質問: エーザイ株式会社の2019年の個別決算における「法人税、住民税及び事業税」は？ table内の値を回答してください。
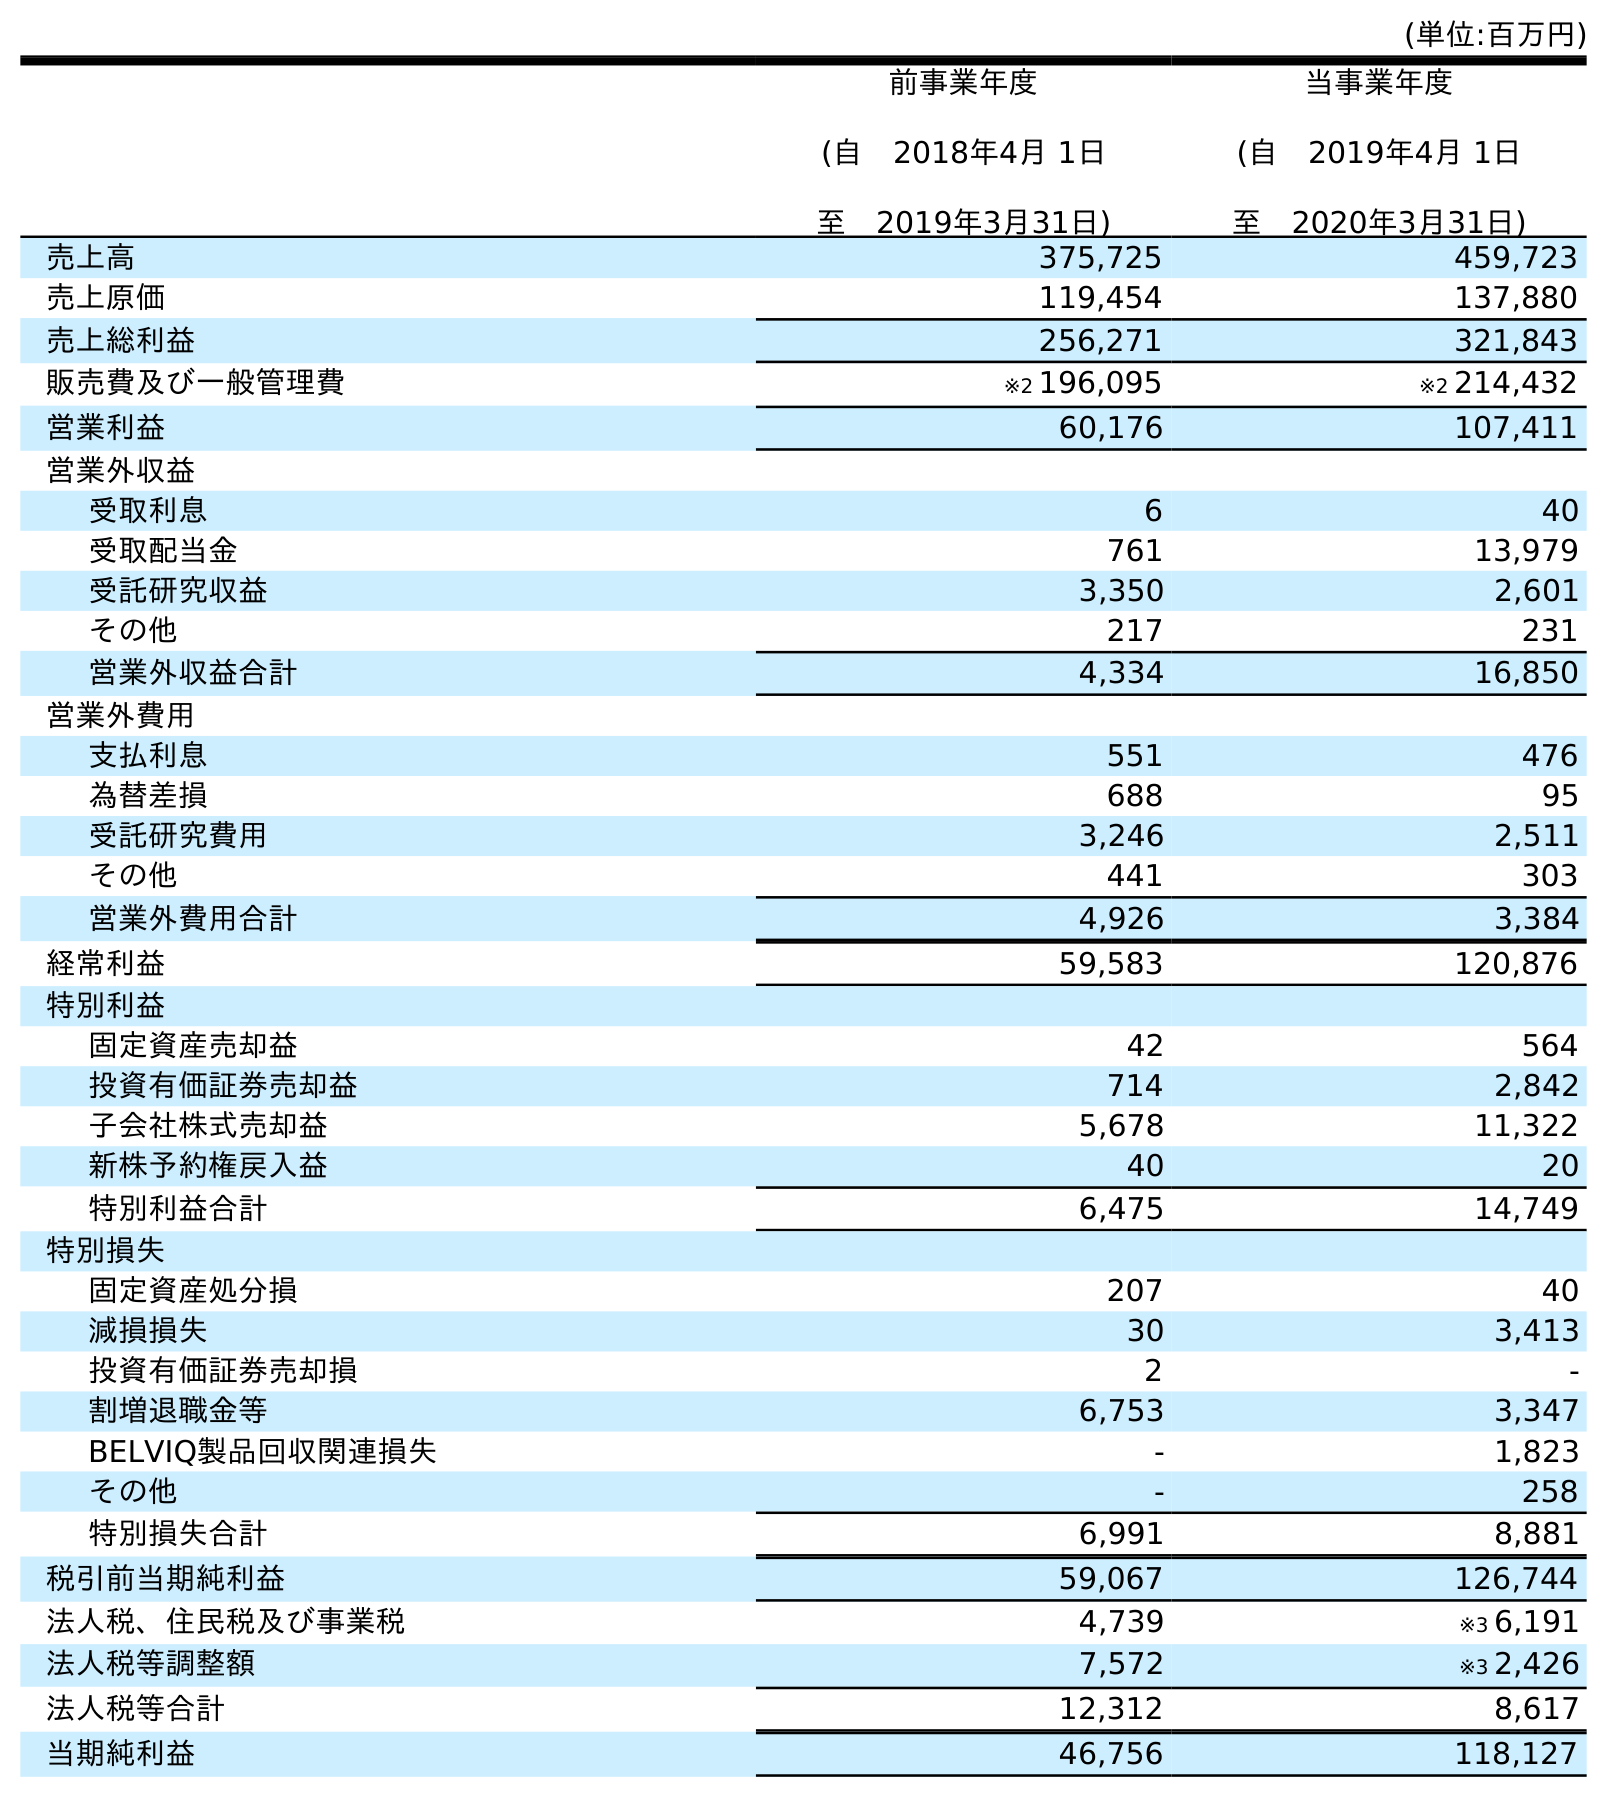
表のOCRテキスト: (単位:百万円) 前事業年度 (自 2018年4月 1日 至 2019年3月31日) 当事業年度 (自 2019年4月 1日 至 2020年3月31日) 売上高 375,725 459,723 売上原価 119,454 137,880 売上総利益 256,271 321,843 販売費及び一般管理費 ※2 196,095 ※2 214,432 営業利益 60,176 107,411 営業外収益 受取利息 6 40 受取配当金 761 13,979 受託研究収益 3,350 2,601 その他 217 231 営業外収益合計 4,334 16,850 営業外費用 支払利息 551 476 為替差損 688 95 受託研究費用 3,246 2,511 その他 441 303 営業外費用合計 4,926 3,384 経常利益 59,583 120,876 特別利益 固定資産売却益 42 564 投資有価証券売却益 714 2,842 子会社株式売却益 5,678 11,322 新株予約権戻入益 40 20 特別利益合計 6,475 14,749 特別損失 固定資産処分損 207 40 減損損失 30 3,413 投資有価証券売却損 2 - 割増退職金等 6,753 3,347 BELVIQ製品回収関連損失 - 1,823 その他 - 258 特別損失合計 6,991 8,881 税引前当期純利益 59,067 126,744 法人税、住民税及び事業税 4,739 ※3 6,191 法人税等調整額 7,572 ※3 2,426 法人税等合計 12,312 8,617 当期純利益 46,756 118,127
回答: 4,739